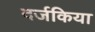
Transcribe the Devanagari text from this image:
दर्जकिया